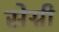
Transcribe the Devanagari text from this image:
सेग्नी